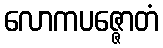
လောကပဇ္ဇောတံ